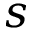
s